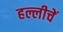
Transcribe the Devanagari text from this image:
हल्लीचें